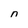
Character: n